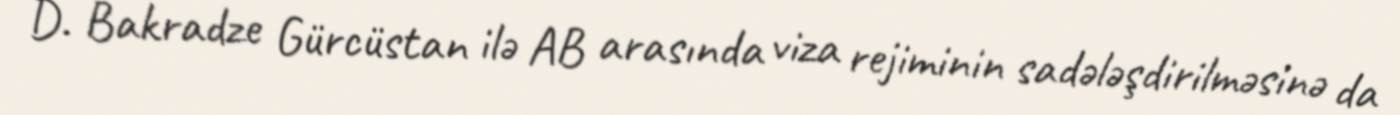
D. Bakradze Gürcüstan ilə AB arasında viza rejiminin sadələşdirilməsinə da